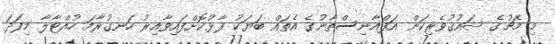
މި މެޗުގެ ޝައުޤުވެރިކަން އަފްޣާނިސްތާނުގެ އެތައް ބަޔަކު ފާޅުކޮށްފައިވާއިރު ހަނގުރާމަ ހުއްޓާލާ މިފަދަ